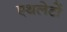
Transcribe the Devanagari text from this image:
एथलेटों